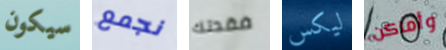
سيكون نجمع فقدتك ليكس وأماكن